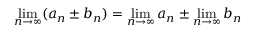
\operatorname* { l i m } _ { n \to \infty } ( a _ { n } \pm b _ { n } ) = \operatorname* { l i m } _ { n \to \infty } a _ { n } \pm \operatorname* { l i m } _ { n \to \infty } b _ { n }